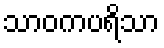
သာဝကပရိသာ